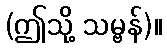
(ဤသို့ သမ္ဗန်)။